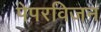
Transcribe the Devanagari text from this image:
पेपरविजन